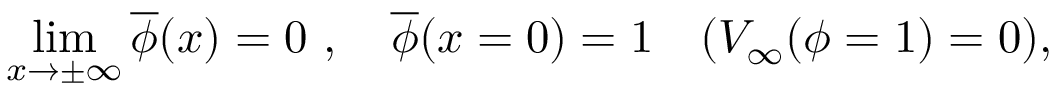
\operatorname * { l i m } _ { x \to \pm \infty } \overline { { { \phi } } } ( x ) = 0 \ , \quad \overline { { { \phi } } } ( x = 0 ) = 1 \quad ( V _ { \infty } ( \phi = 1 ) = 0 ) ,